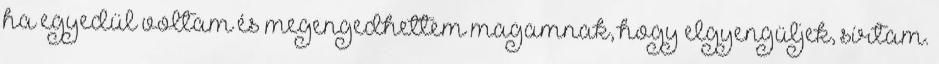
ha egyedül voltam és megengedhettem magamnak, hogy elgyengüljek, sírtam.